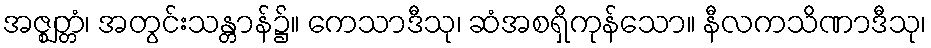
အဇ္ဈတ္တံ၊ အတွင်းသန္တာန်၌။ ကေသာဒီသု၊ ဆံအစရှိကုန်သော။ နီလကသိဏာဒီသု၊